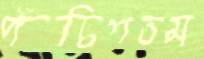
পঁচিশতম